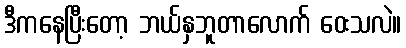
ဒီကနေပြီးတော့ ဘယ်နှဘူတာလောက် ဝေးသလဲ။